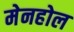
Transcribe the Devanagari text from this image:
मेनहोल